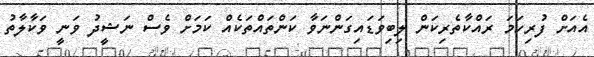
އެއަށް ފުރިހަމަ ރައްކާތެރިކަން ލިބިވަޑައިގަންނަވާ ކަންތައްތަކެއް ކަމަށް ވެސް ނަޝީދު ވަނީ ވަކާލާތު